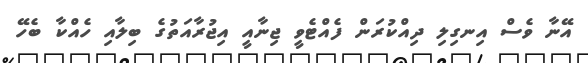
އޭނާ ވެސް އިނގިލި ދިއްކުރަން ފެއްޓެވީ ޖިނާއީ އިޖުރާއަތުގެ ބިލާއި ހެއްކާ ބެހޭ